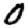
Digit: 0